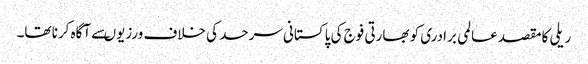
ریلی کامقصد عالمی برادری کو بھارتی فوج کی پاکستانی سرحد کی خلاف ورزیوںسے آگاہ کرنا تھا۔